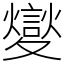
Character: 夑